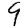
Digit: 9